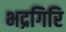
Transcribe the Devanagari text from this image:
भद्रगिरि